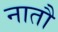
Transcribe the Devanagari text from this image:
नातौ